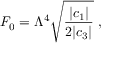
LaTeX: F _ { 0 } = \Lambda ^ { 4 } \sqrt { \frac { | c _ { 1 } | } { 2 | c _ { 3 } | } } \ ,